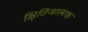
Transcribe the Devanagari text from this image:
क्षितिजात्मक